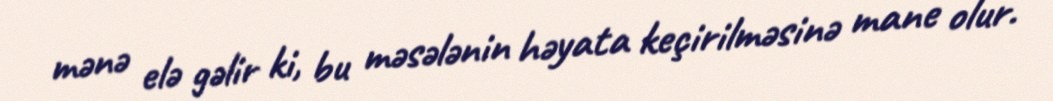
mənə elə gəlir ki, bu məsələnin həyata keçirilməsinə mane olur.